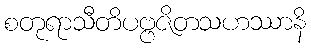
စတုရာသီတိပဗ္ဗဇိတသဟဿာနိ